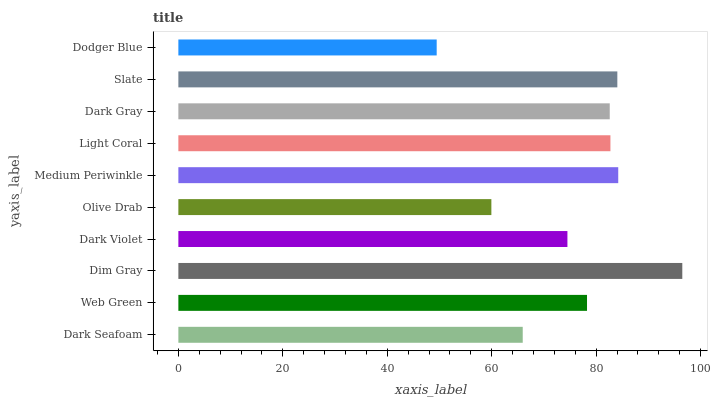
| yaxis_label | bars |
 | --- | --- |
 | Dark Seafoam | 65.9 |
 | Web Green | 78.3 |
 | Dim Gray | 96.5 |
 | Dark Violet | 74.5 |
 | Olive Drab | 59.9 |
 | Medium Periwinkle | 84.2 |
 | Light Coral | 82.7 |
 | Dark Gray | 82.6 |
 | Slate | 84.1 |
 | Dodger Blue | 49.5 |